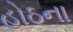
હોઠના